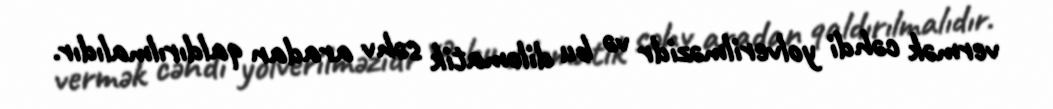
vermək cəhdi yolverilməzidr və bu dilomatik səhv aradan qaldırılmalıdır.